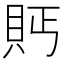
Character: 𮙴